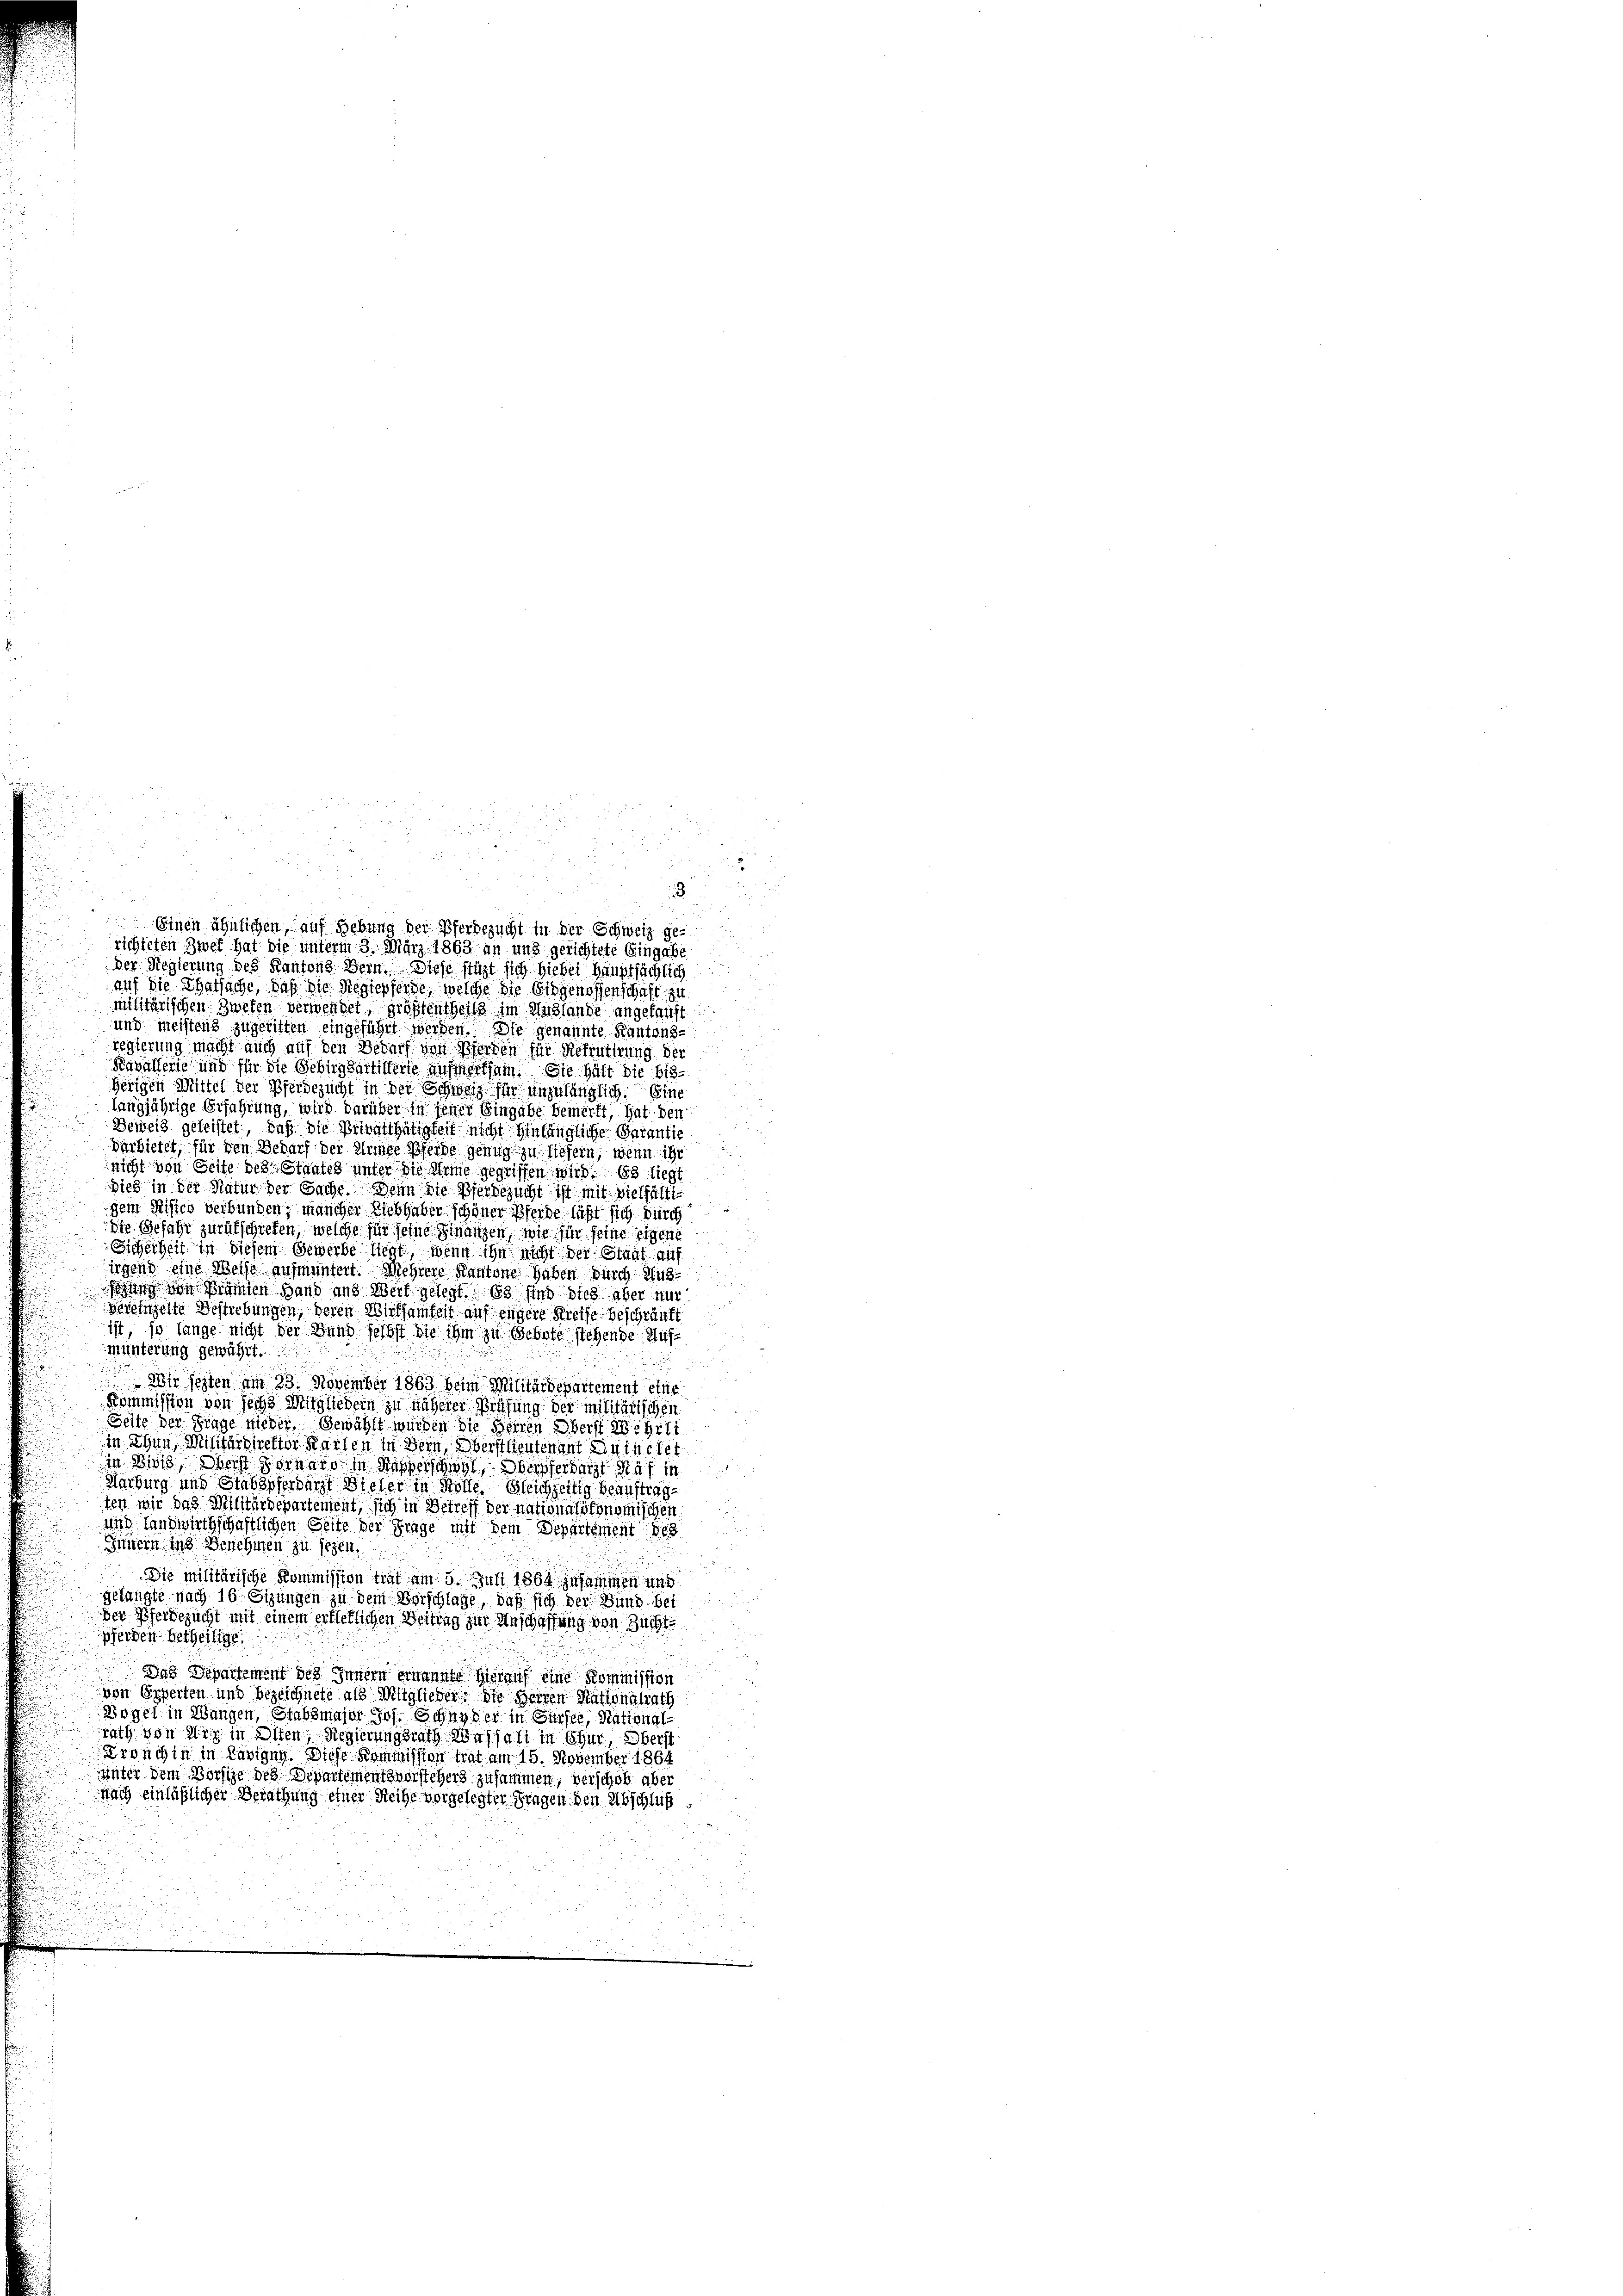
i
.
Einen ähnlichen auf Hebung der Pferdezucht in der Schweiz gerichteten Zwet hat die unterm 3. März 1863 an und gerichtete Eingabe
Der Regierung des Kantons Bern. Diese fügt sich hiebei Hauptsächlich
auf die Thatsache, daß die Regiepferde, welche die Eidgenossenschaft zu
militärischen Zweten verwendet, größtentheils im Auslande angetauft
und meistens zugeritten eingeführt werden. Die genannte Kantonsregierung macht auch auf den Bedarf von Pferden für Rekrutirung der
Kavallerie und für die Gebirgsartigerie aufmerksam. Sie hält die 613.
herigen Mittel der Pferdezucht in der Schweiz für unzulänglich eine
langjährige Erfahrung, wird darüber in jener Eingabe bemerkt, hat den
Beweis geleistet, daß die Verwalthätigkeit nicht hinlängliche Garantie
Verbietet, für den Bedarf der Kinde Pferde genug zu liefern, wenn ihr
nicht von Seite des Staates unter die Meine gegriffen wird. Es liegt
dies in der Natur der Sache Denn die Verbesucht ist mit vielfältidem Risico verbunden; mancher Liebhaber schöner Pferde, läßt sich durch
dte Gefahr zurückschrefen, welche für seine Finanzen, wie für seine eigene
Sicherheit in diesem Gewerbe liegt, wenn ihn nicht der Staat auf
lirgend eine Meise aufmuntert. Mehrere Kantone haben durch Aus
ung von Beamten Hand aus Wert gelegt. 13 sind dies aber nur
Vereinzelte Bestrebungen, deren Wirksamkeit auf engere Kreise beschränkt
ist, so lange nicht der Hund selbst die ihm zu Gebote stehende Aufmunterung gewährt.

u
 Wir jezten am 23. November 1863 beim Militärdepartement eine
Kommission von sechs Mitgliedern zu näherer Prüfung der militärischen
Seite der Frage nieder. Gewählt würden die Herren Oberst Wehrli
in Thun, Militärdirektor Karten in Bern, Oberstlieutenant Quinchet
in Swis, ders Vornaro in Wasserschwil, daher darzt Näf in
Karburg und Stabspferdarzt Willer in Kolle. Gleichzeitig beauftragten wir das Militärdepartement, sich in Betreff der nationalökonomischen
und Landwirthschaftlichen Seite der Frage mit dem Departement des
Innern ins Benehmen zu sehen.
Die militärische Kommission trat am 5. Juli 1884 zusammen und
gelangte nach 16 Sizungen zu dem Vorschlage, daß sich der Bund bei
der Pferdezucht mit einem erfietlichen Beitrag zur Anschaffung von Züchti
pferden Betheilige

Das Departement des Innern ernannte hierauf eine Kommission
von Experten und bezeichnete als Mitglieder, die Herren Nationalrath
Wogel in Wangen, Stabsmajor Jos. Ging der in Sursee, Rational-
u
rath von diz in Olten, Regierungsrath Weshalt in Chur, Oberst
Bronchin in Lavigne. Diese Kommission trat am 15. November 1864
unter dem Vorsize des Departementsvorstehers zusammen, verschob aber
Nach einläßlicher Berathung einer Reihe vorgelegter Fragen den Abschluß

e

i